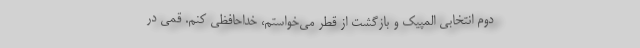
دوم انتخابی المپیک و بازگشت از قطر می‌خواستم، خداحافظی کنم. قمی در